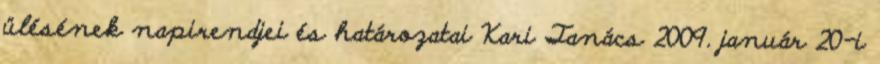
ülésének napirendjei és határozatai Kari Tanács 2009. január 20-i